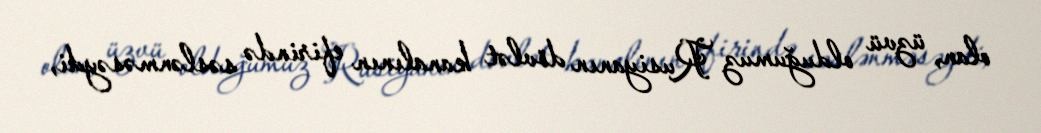
olan, üzvü olduğumuz Rusiyanın dövlət kanalının efirində səslənməsəydi,